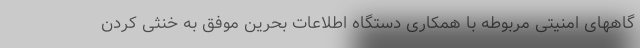
گاههای امنیتی مربوطه با همکاری دستگاه اطلاعات بحرین موفق به خنثی کردن